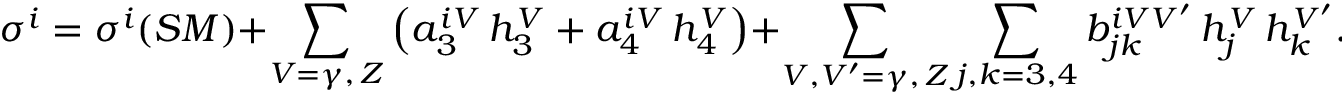
\sigma ^ { i } = \sigma ^ { i } ( S M ) + \sum _ { V = \gamma , \, Z } \left( a _ { 3 } ^ { i V } \, h _ { 3 } ^ { V } + a _ { 4 } ^ { i V } \, h _ { 4 } ^ { V } \right) + \sum _ { V , V ^ { \prime } = \gamma , \, Z } \sum _ { j , k = 3 , 4 } b _ { j k } ^ { i V V ^ { \prime } } \, h _ { j } ^ { V } \, h _ { k } ^ { V ^ { \prime } } .